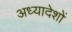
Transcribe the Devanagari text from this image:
अध्‍यादेशों